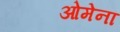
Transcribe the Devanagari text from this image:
ओमेना